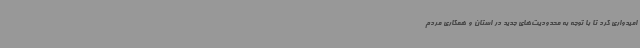
امیدواری کرد تا با توجه به محدودیت‌های جدید در استان و همکاری مردم